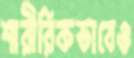
শারীরিকভাবেও